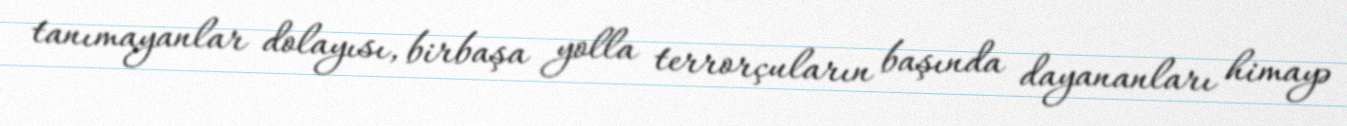
tanımayanlar dolayısı, birbaşa yolla terrorçuların başında dayananları himayə